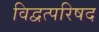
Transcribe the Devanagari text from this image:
विद्वत्परिषद